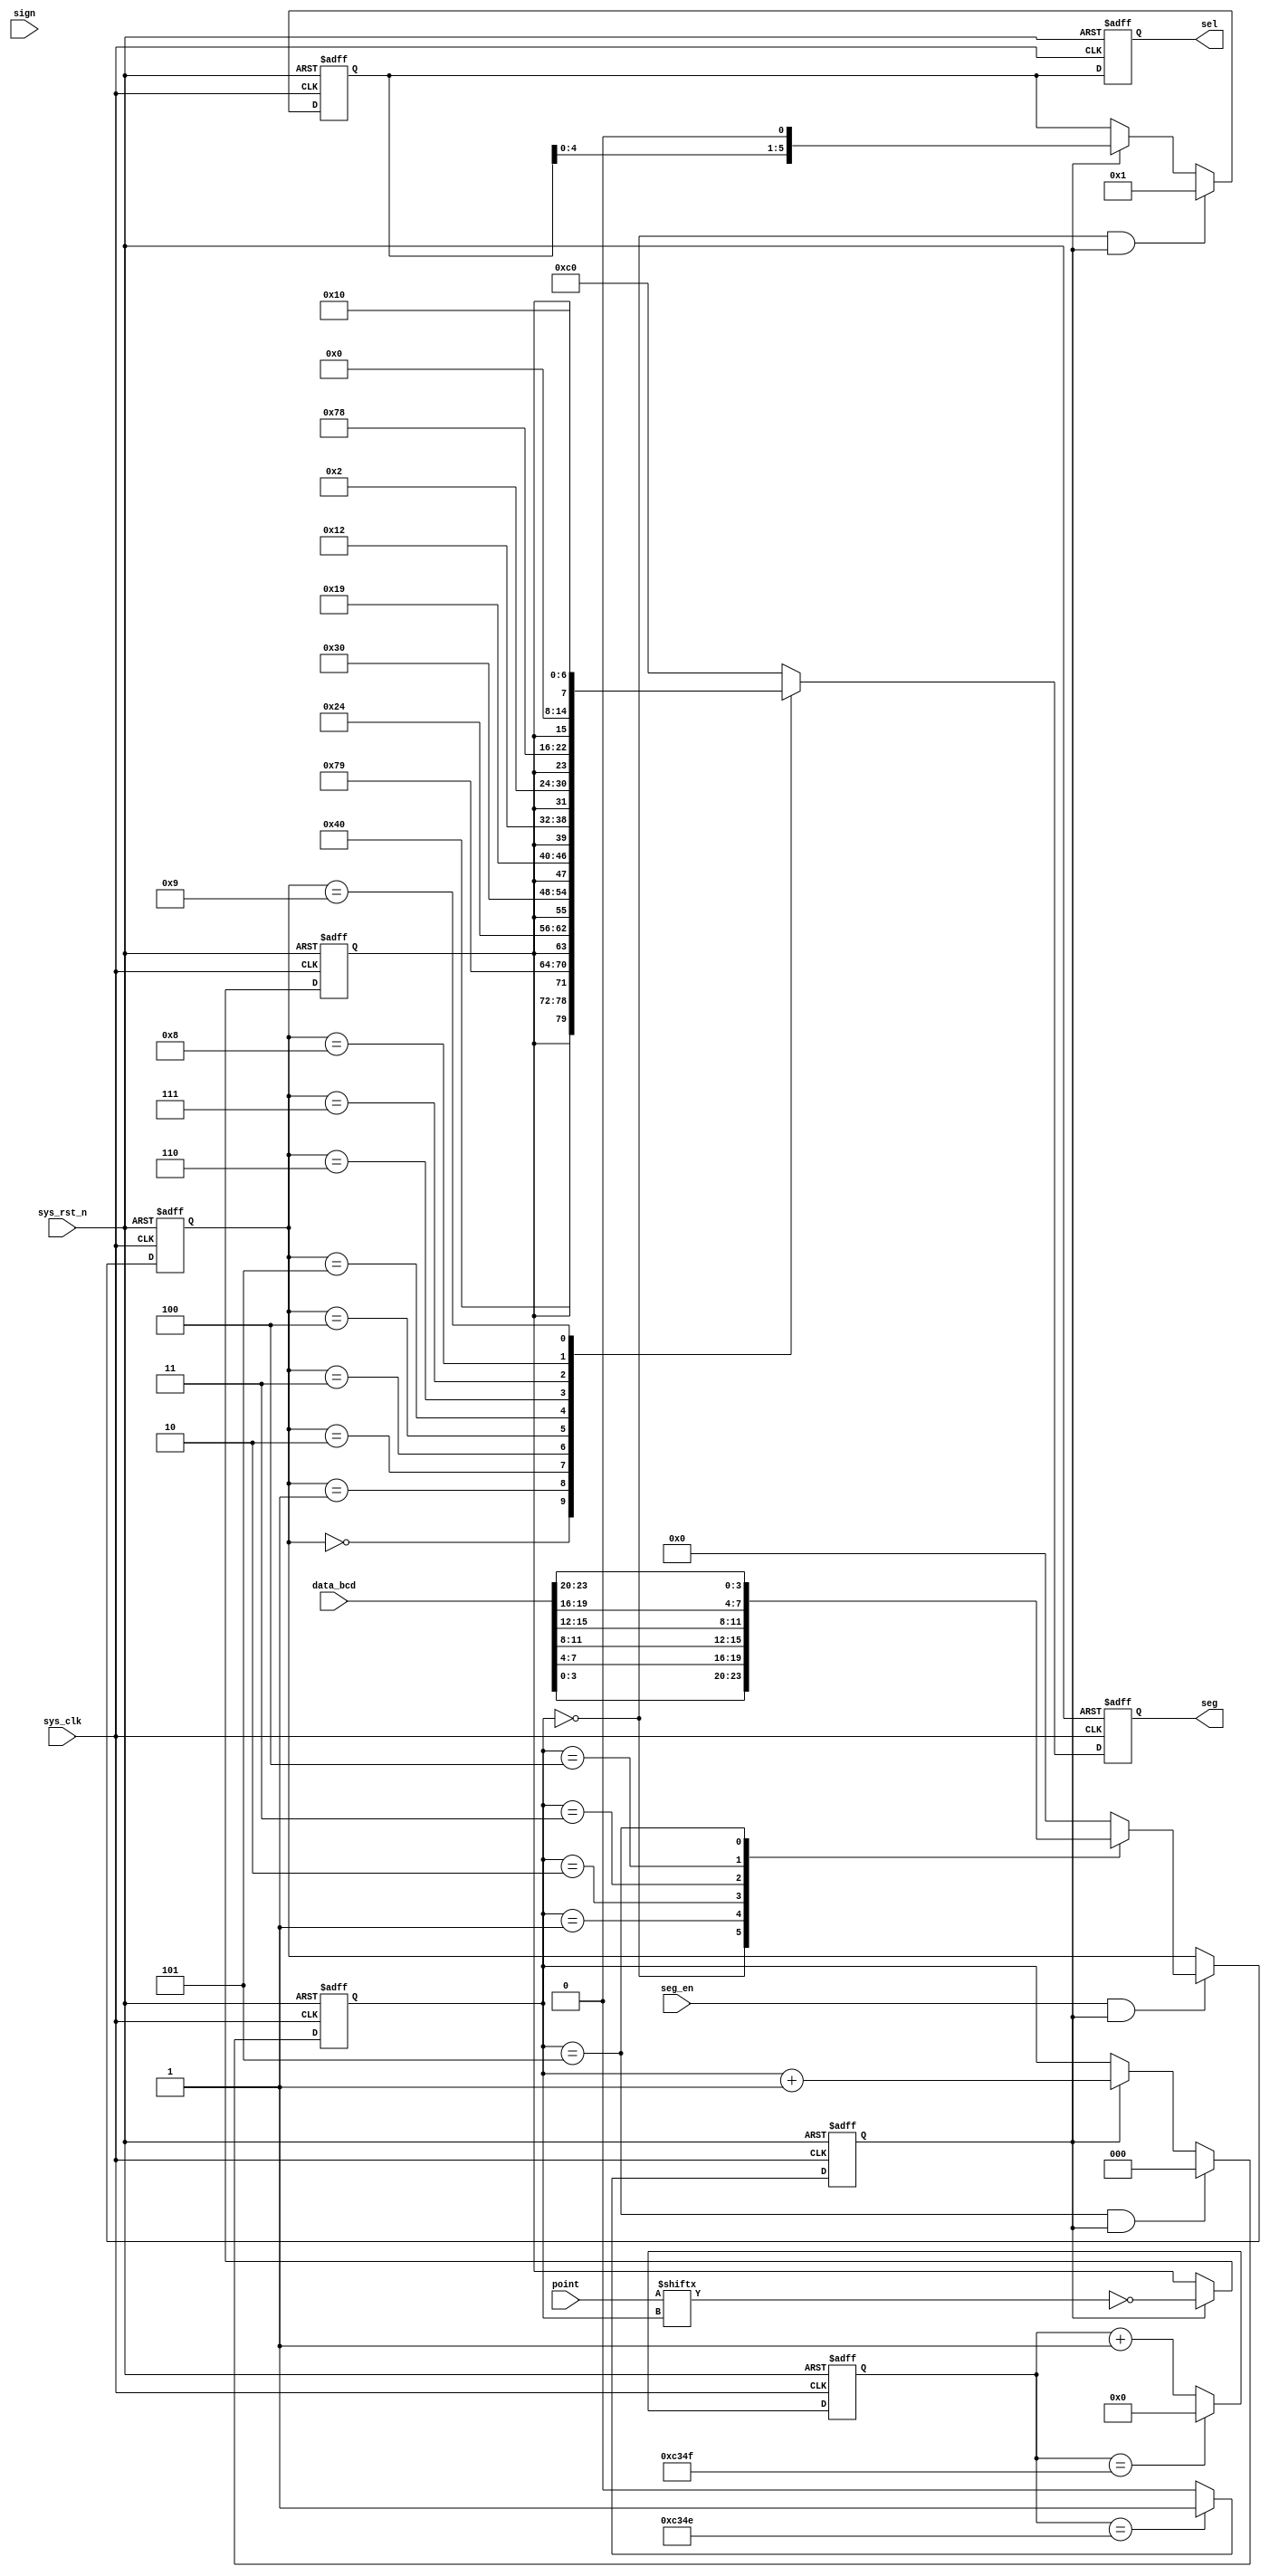
`timescale  1ns/1ns
////////////////////////////////////////////////////////////////////////
// Module Name   : seg7_bcd_disp
// Project Name  : rtc
// Target Devices: Altera EP4CE10F17C8N
// Tool Versions : Quartus 13.0
// Description   : bcd
//
// Revision      : V1.0
// Additional Comments:
// 
// : _Pro_FPGA
//     : http://www.embedfire.com
//     : http://www.firebbs.cn
//     : https://fire-stm32.taobao.com
////////////////////////////////////////////////////////////////////////

module  seg_bcd_disp
(
    input   wire            sys_clk     , //50MHz
    input   wire            sys_rst_n   , //
    input   wire    [23:0]  data_bcd    , //
    input   wire    [5:0]   point       , //,
    input   wire            seg_en      , //
    input   wire            sign        , //

    output  reg     [5:0]   sel         , //
    output  reg     [7:0]   seg           //
);

//********************************************************************//
//****************** Parameter and Internal Signal *******************//
//********************************************************************//

//parameter define
parameter   CNT_MAX =   16'd49_999;  //

//reg   define
reg     [15:0]  cnt_1ms     ;   //1ms
reg             flag_1ms    ;   //1ms
reg     [2:0]   cnt_sel     ;   //
reg     [5:0]   sel_reg     ;   //
reg     [3:0]   data_disp   ;   //
reg             dot_disp    ;   //

//********************************************************************//
//***************************** Main Code ****************************//
//********************************************************************//

//cnt_1ms:1ms
always@(posedge sys_clk or negedge sys_rst_n)
    if(sys_rst_n == 1'b0)
        cnt_1ms <=  16'd0;
    else    if(cnt_1ms == CNT_MAX)
        cnt_1ms <=  16'd0;
    else
        cnt_1ms <=  cnt_1ms + 1'b1;

//flag_1ms:1ms
always@(posedge sys_clk or negedge sys_rst_n)
    if(sys_rst_n == 1'b0)
        flag_1ms    <=  1'b0;
    else    if(cnt_1ms == CNT_MAX - 1'b1)
        flag_1ms    <=  1'b1;
    else
        flag_1ms    <=  1'b0;

//cnt_sel05
always@(posedge sys_clk or negedge sys_rst_n)
    if(sys_rst_n == 1'b0)
        cnt_sel <=  3'd0;
    else    if((cnt_sel == 3'd5) && (flag_1ms == 1'b1))
        cnt_sel <=  3'd0;
    else    if(flag_1ms == 1'b1)
        cnt_sel <=  cnt_sel + 1'b1;
    else
        cnt_sel <=  cnt_sel;

//
always@(posedge sys_clk or negedge sys_rst_n)
    if(sys_rst_n == 1'b0)
        sel_reg <=  6'b000_000;
    else    if((cnt_sel == 3'd0) && (flag_1ms == 1'b1))
        sel_reg <=  6'b000_001;
    else    if(flag_1ms == 1'b1)
        sel_reg <=  sel_reg << 1;
    else
        sel_reg <=  sel_reg;

//
always@(posedge sys_clk or  negedge sys_rst_n)
    if(sys_rst_n == 1'b0)
        data_disp    <=  4'b0;
    else    if((seg_en == 1'b1) && (flag_1ms == 1'b1))
        case(cnt_sel)
        3'd0:   data_disp    <=  data_bcd[3:0]  ;  //1
        3'd1:   data_disp    <=  data_bcd[7:4]  ;  //2
        3'd2:   data_disp    <=  data_bcd[11:8] ;  //3
        3'd3:   data_disp    <=  data_bcd[15:12];  //4
        3'd4:   data_disp    <=  data_bcd[19:16];  //5
        3'd5:   data_disp    <=  data_bcd[23:20];  //6
        default:data_disp    <=  4'b0        ;
        endcase
    else
        data_disp   <=  data_disp;

//dot_disp
always@(posedge sys_clk or negedge sys_rst_n)
    if(sys_rst_n == 1'b0)
        dot_disp    <=  1'b1;
    else    if(flag_1ms == 1'b1)
        dot_disp    <=  ~point[cnt_sel];
    else
        dot_disp    <=  dot_disp;

//
always@(posedge sys_clk or  negedge sys_rst_n)
    if(sys_rst_n == 1'b0)
        seg <=  8'b1111_1111;
    else    
        case(data_disp)
            4'd0  : seg  <=  {dot_disp,7'b100_0000};    //0
            4'd1  : seg  <=  {dot_disp,7'b111_1001};    //1
            4'd2  : seg  <=  {dot_disp,7'b010_0100};    //2
            4'd3  : seg  <=  {dot_disp,7'b011_0000};    //3
            4'd4  : seg  <=  {dot_disp,7'b001_1001};    //4
            4'd5  : seg  <=  {dot_disp,7'b001_0010};    //5
            4'd6  : seg  <=  {dot_disp,7'b000_0010};    //6
            4'd7  : seg  <=  {dot_disp,7'b111_1000};    //7
            4'd8  : seg  <=  {dot_disp,7'b000_0000};    //8
            4'd9  : seg  <=  {dot_disp,7'b001_0000};    //9
            default:seg  <=  8'b1100_0000;
        endcase

//sel:
always@(posedge sys_clk or negedge sys_rst_n)
    if(sys_rst_n == 1'b0)
        sel <=  6'b000_000;
    else
        sel <=  sel_reg;

endmodule